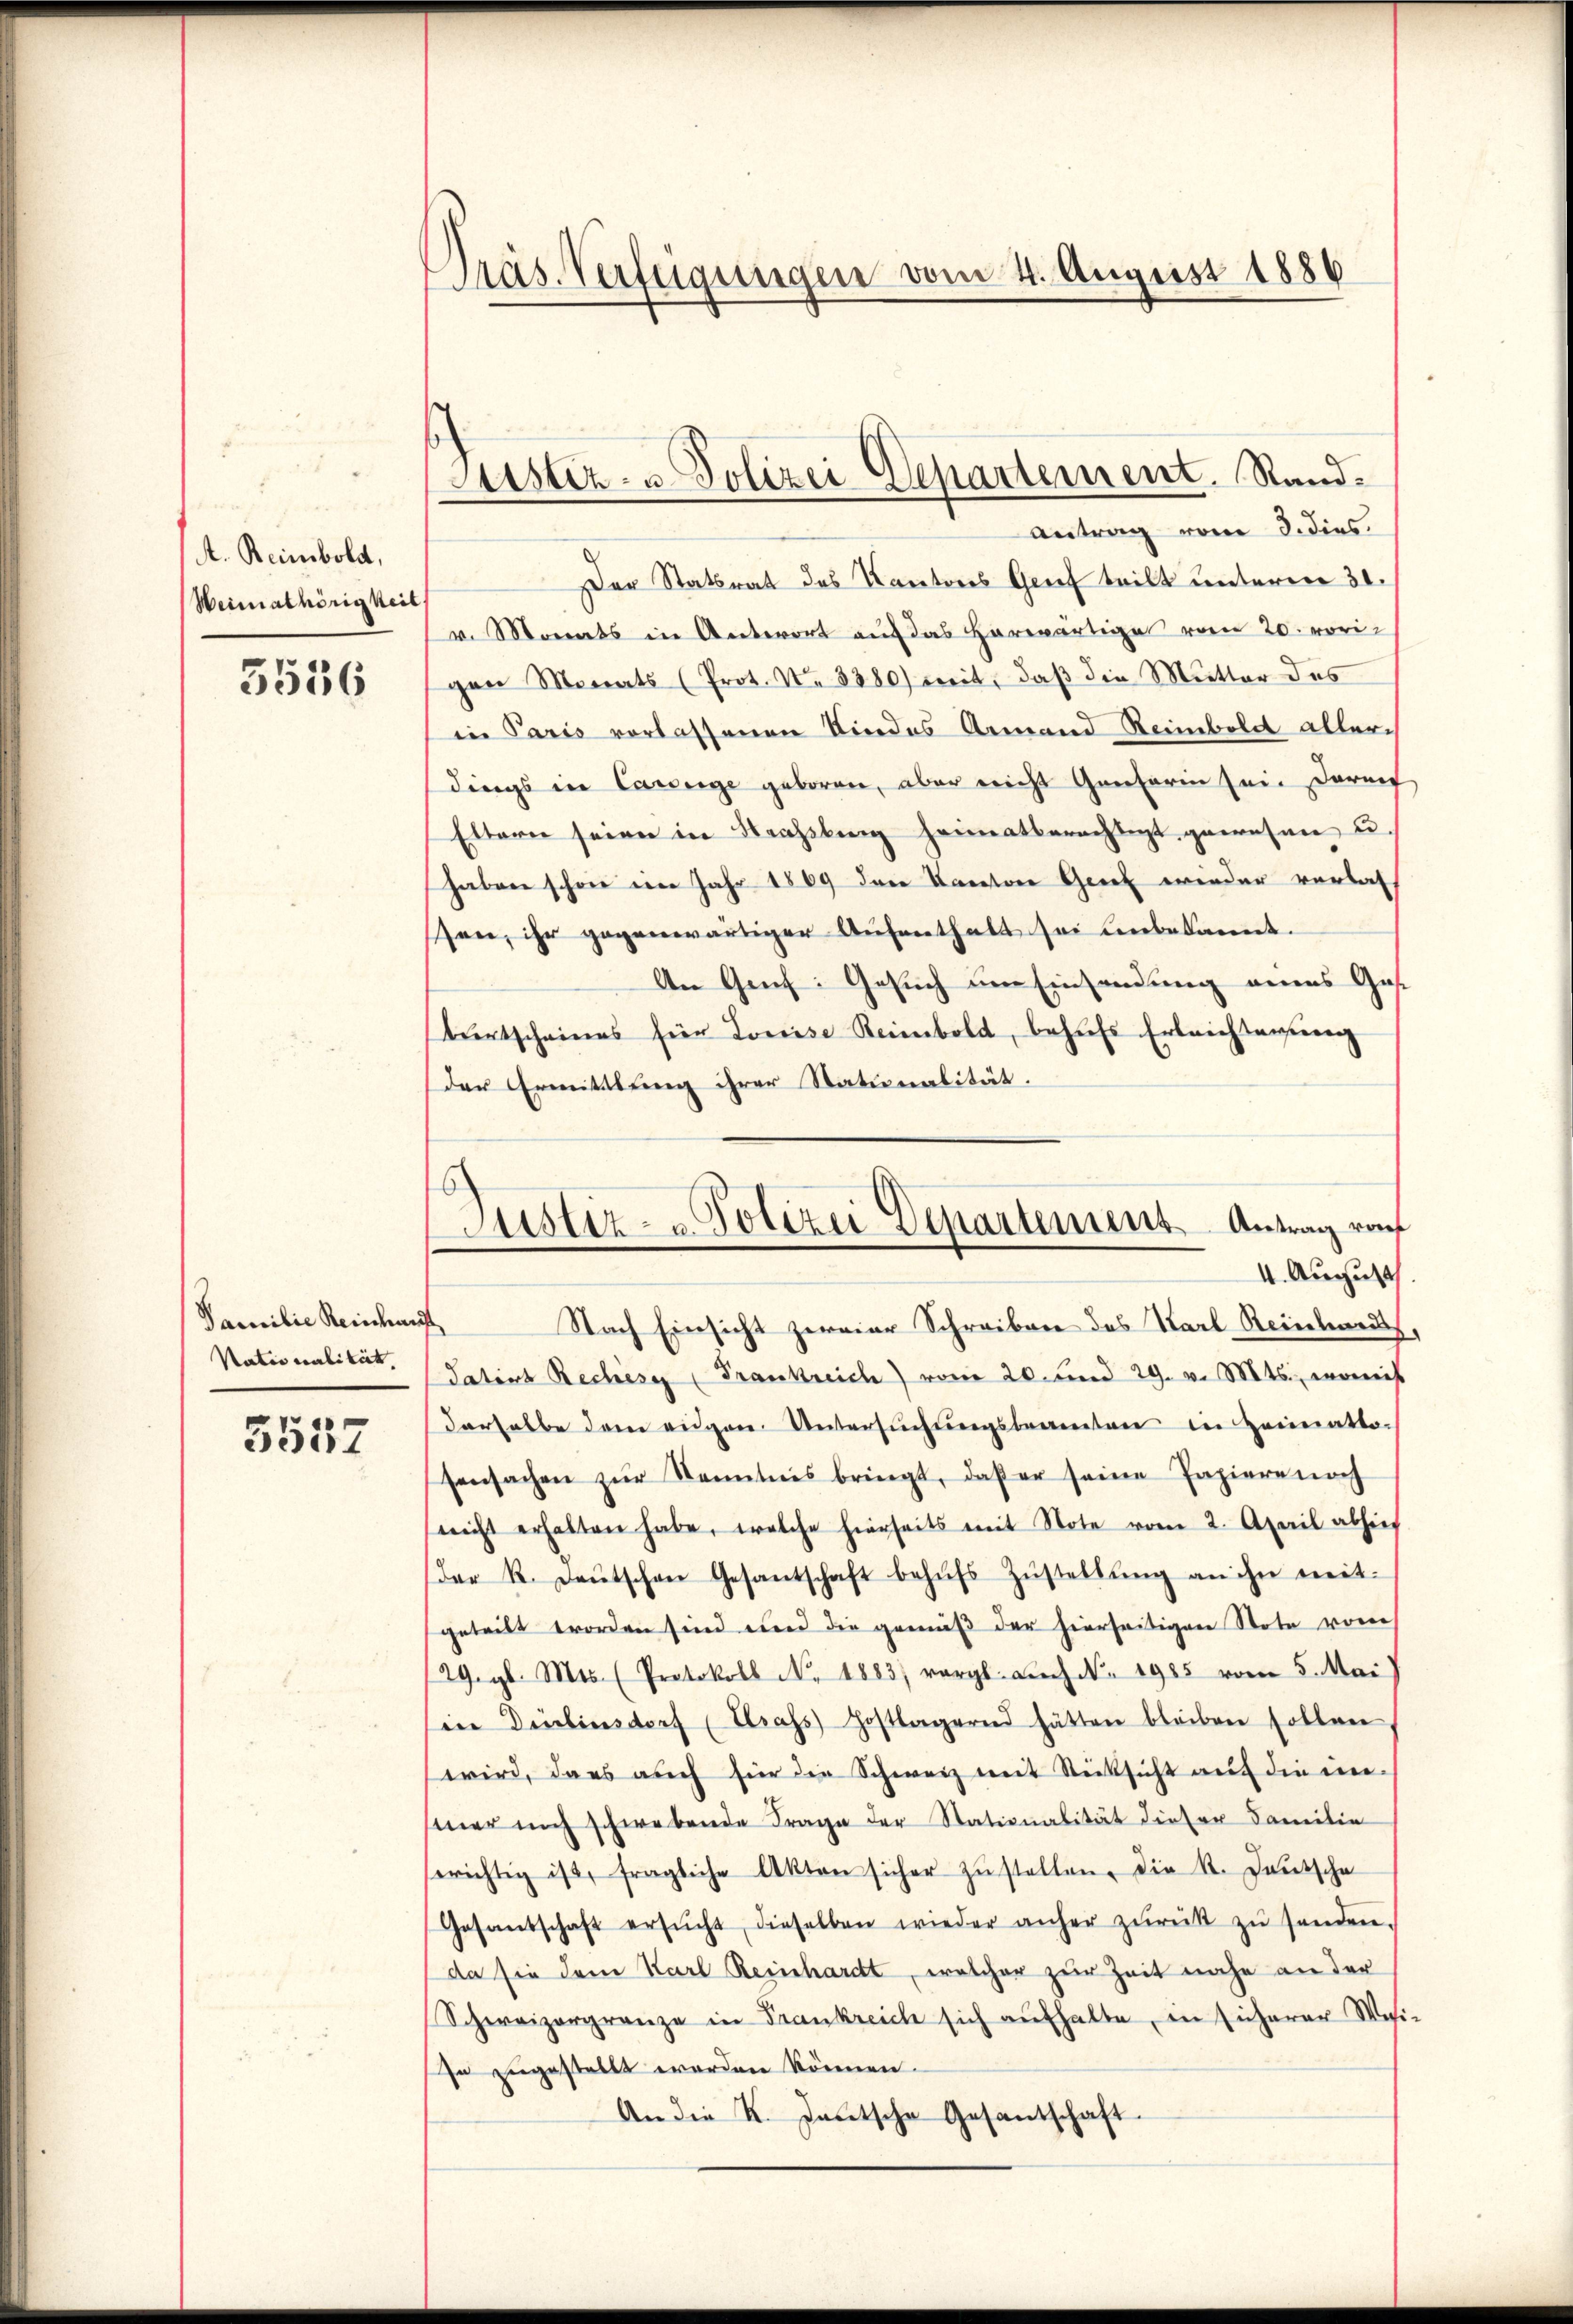
A. Reinbold,
Weimathörigkeit

5536

Familie Reinkauf
Nationalität.

3557

Präs. Verfügungen vom 4. August 1886

Justiz- u. Polizei Departement. Stand
Antrag vom 3. dies.

Justiz- u. Polizei Departement. Antrag rauh
4. August

Der Statsrat des Kantons Genf teilt unterm 30.
v. Monats in Antwort auf das herwärtiges vom 20. vorigen Monats (Prot. No. 3280) weit, daß die Mutter des
in Paris verlassenen Kindes Armand Reinbold allerdings in Canzeige geboren, aber nicht Genferin sei. Darauf
Eltern seien in Strassberg heimatberechtigt gewesen u.
haben schon ein Jahr 1869 den Kanton Genf wieder verlass
sen, ihr gegenwärtiger Aufenthalt sei unbekannt.
An Griech: Gesuch um Einsendung eines Gese
bŭrtscheines für Louise Reinbold, behŭfs Erleichtaneng
der Gemittlung ihrer Stationalität.
Nach Einsicht zweier Schreiben des Karl Reinhard
Satins Reches (Frankreich vom 20. und 29. v. Mts., womit
derhalbe dem eidgen. Untersŭchŭngsbeamten in Heimatto-
sensachen zŭr Kenntnis bringt, daβ er seine Papiere noch
nicht erhalten habe, welche hierheits mit Note vom 2. April abhies
Der R. deŭtschen Gesantschaft behŭfs Zŭstellŭng an ihn mit-
geteilt worden sind und die gemäß der hierseitigen Stote von
29. gl. Mts. (Protokoll No. 1883) vergl. auch N. 1985 vom 5. Mai
in Delinsdorf (Usass Hostlagernd hätten bleiben sollen
wird, dass auch für die Schweiz mit Rücksicht auf die in-
mer mich schwebende Frage der Stationalität dieser Familie
erichtig ist, fragliche Akten sicher zŭstellen, die K. Deutsche
Gesandschaft ersŭcht dieselben wieder anher zŭrück zŭ senden.
da sie dem Karl Reinchardt, welcher zur Zeit nahe an der
Schweizergränze in Frankreich sich aŭfhalte, in Eicherer Wes
so zugestellt werden können.
An die K. Jautsche Gesandschaft.